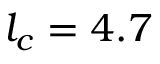
l _ { c } = 4 . 7